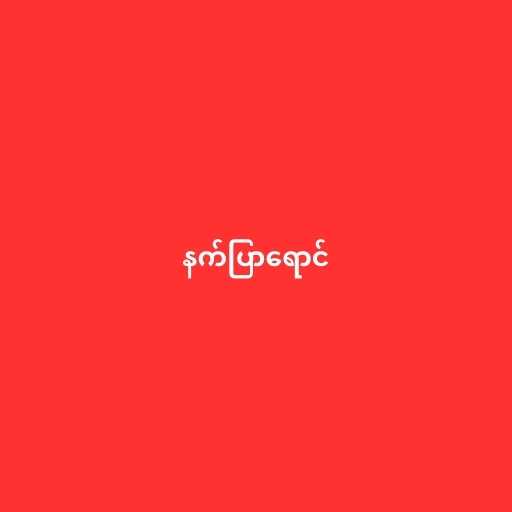
နက်ပြာရောင်